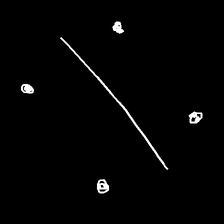
Glyph: cool